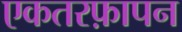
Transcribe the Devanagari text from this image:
एकतरफ़ापन